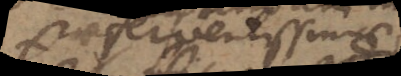
ferventissimae